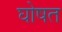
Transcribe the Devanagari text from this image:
घोषत